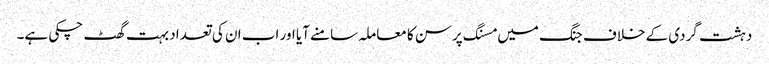
دہشت گردی کے خلاف جنگ میں مسنگ پرسن کا معاملہ سامنے آیا اور اب ان کی تعداد بہت گھٹ چکی ہے۔